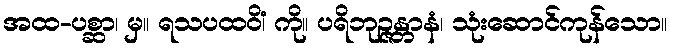
အထ-ပစ္ဆာ၊ မှ။ ရသပထဝိံ၊ ကို။ ပရိဘုဉ္ဇန္တာနံ၊ သုံးဆောင်ကုန်သော။